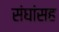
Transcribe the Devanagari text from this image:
संघांसह